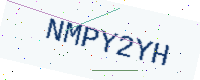
Text: NMPY2YH